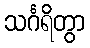
သင်္ဂရိတွာ